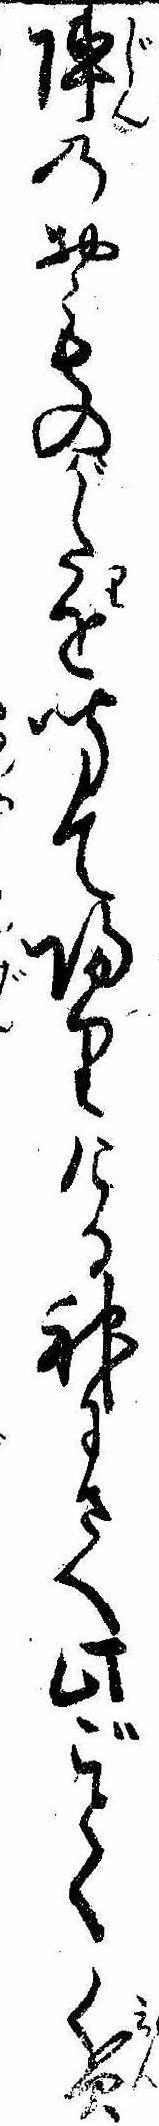
陣のおものがたりを聞て帰りける神にさへ此ごとく貧